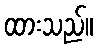
ထားသည်။